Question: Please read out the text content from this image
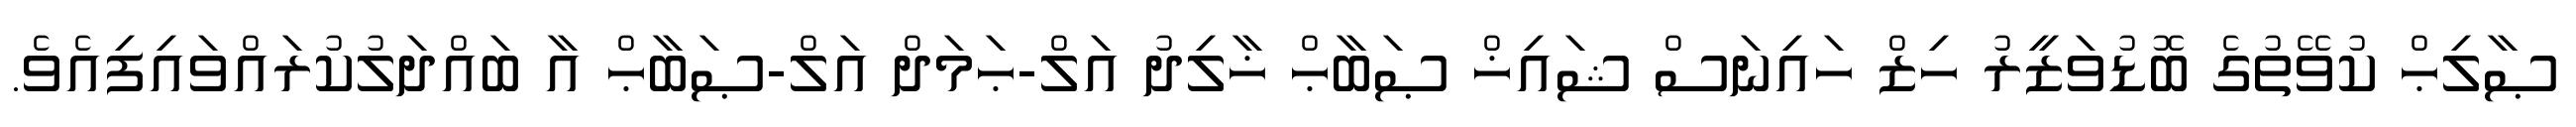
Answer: ޞާލިޙް ކުވޭތުގެ ބޮޑުވަޒީރު ހިޒް ހައިނަސް ޝައިޚް ޞަބާޙް ޚާލިދު އަލް-ޙަމަދް އަލް-ޞަބާޙް އާ ބައްދަލުކުރައްވައިފިއެވެ.